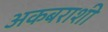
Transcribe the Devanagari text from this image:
अकबराशी